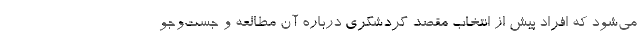
می‌شود که افراد پیش از انتخاب مقصد گردشگری درباره آن مطالعه و جست‌وجو